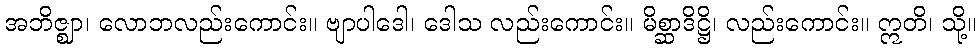
အဘိဇ္ဈာ၊ လောဘလည်းကောင်း။ ဗျာပါဒေါ၊ ဒေါသ လည်းကောင်း။ မိစ္ဆာဒိဋ္ဌိ၊ လည်းကောင်း။ ဣတိ၊ သို့။